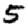
Digit: 5